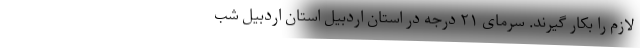
لازم را بکار گیرند. سرمای ۲۱ درجه در استان اردبیل استان اردبیل شب